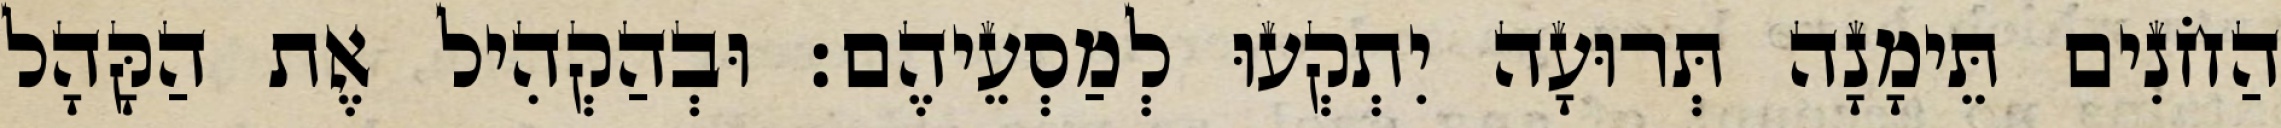
הַחֹנִים תֵּימָנָה תְּרוּעָה יִתְקְעוּ לְמַסְעֵיהֶם׃ וּבְהַקְהִיל אֶת הַקָּהָל